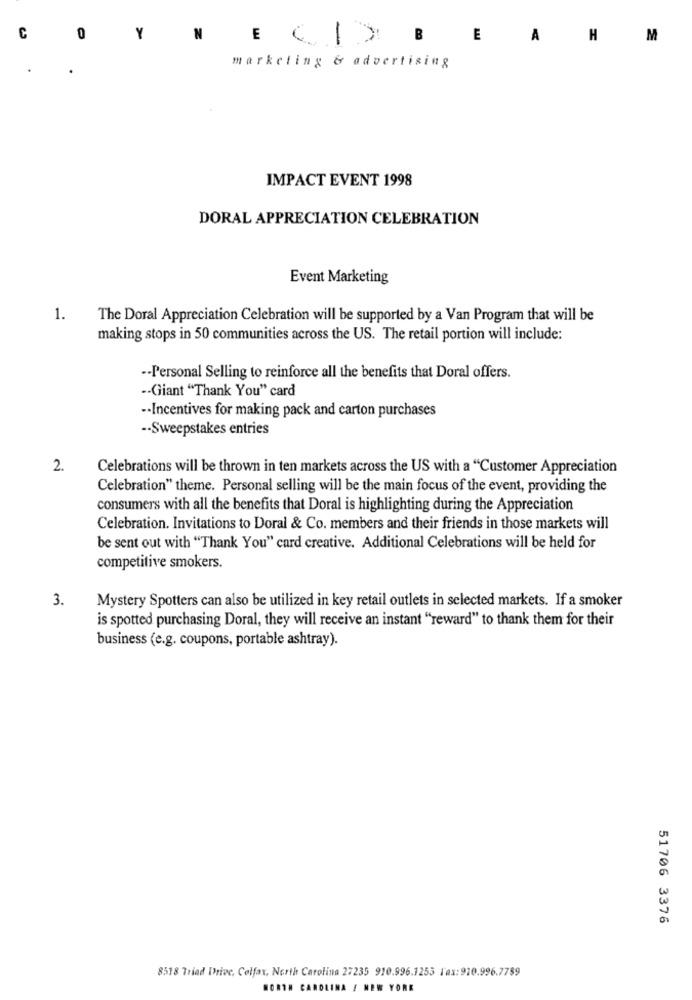
C
0
Y
N
E CI ) B
E
A
H
M
marketing & advertising
IMPACT EVENT 1998
DORAL APPRECIATION CELEBRATION
Event Marketing
1.
The Doral Appreciation Celebration will be supported by a Van Program that will be
making stops in 50 communities across the US. The retail portion will include:
.- Personal Selling to reinforce all the benefits that Doral offers.
-- Giant "Thank You" card
-- Incentives for making pack and carton purchases
-- Sweepstakes entries
2.
Celebrations will be thrown in ten markets across the US with a "Customer Appreciation
Celebration" theme. Personal selling will be the main focus of the event, providing the
consumers with all the benefits that Doral is highlighting during the Appreciation
Celebration. Invitations to Doral & Co. members and their friends in those markets will
be sent out with "Thank You" card creative. Additional Celebrations will be held for
competitive smokers.
3.
Mystery Spotters can also be utilized in key retail outlets in selected markets. If a smoker
is spotted purchasing Doral, they will receive an instant "reward" to thank them for their
business (e.g. coupons, portable ashtray).
51706 3376
8518 Triad Drive, Colfax, North Carolina 27235 910.996.1253 Fax: 910.996.7789
NORTH CAROLINA / NEW YORK